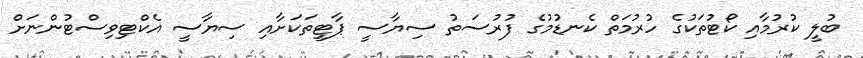
ބުލީ ކުރުމާއި ކޯޓުތަކުގެ ހުރުމަތް ކެނޑުމުގެ ފުރުސަތު ސިޔާސީ ޕާޓީތަކަށާއި ސިޔާސީ އެކްޓިވިސްޓުންނަށް